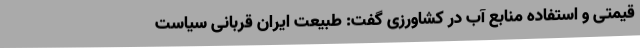
قیمتی و استفاده منابع آب در کشاورزی گفت: طبیعت ایران قربانی سیاست